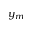
y _ { m }